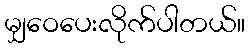
မျှဝေပေးလိုက်ပါတယ်။